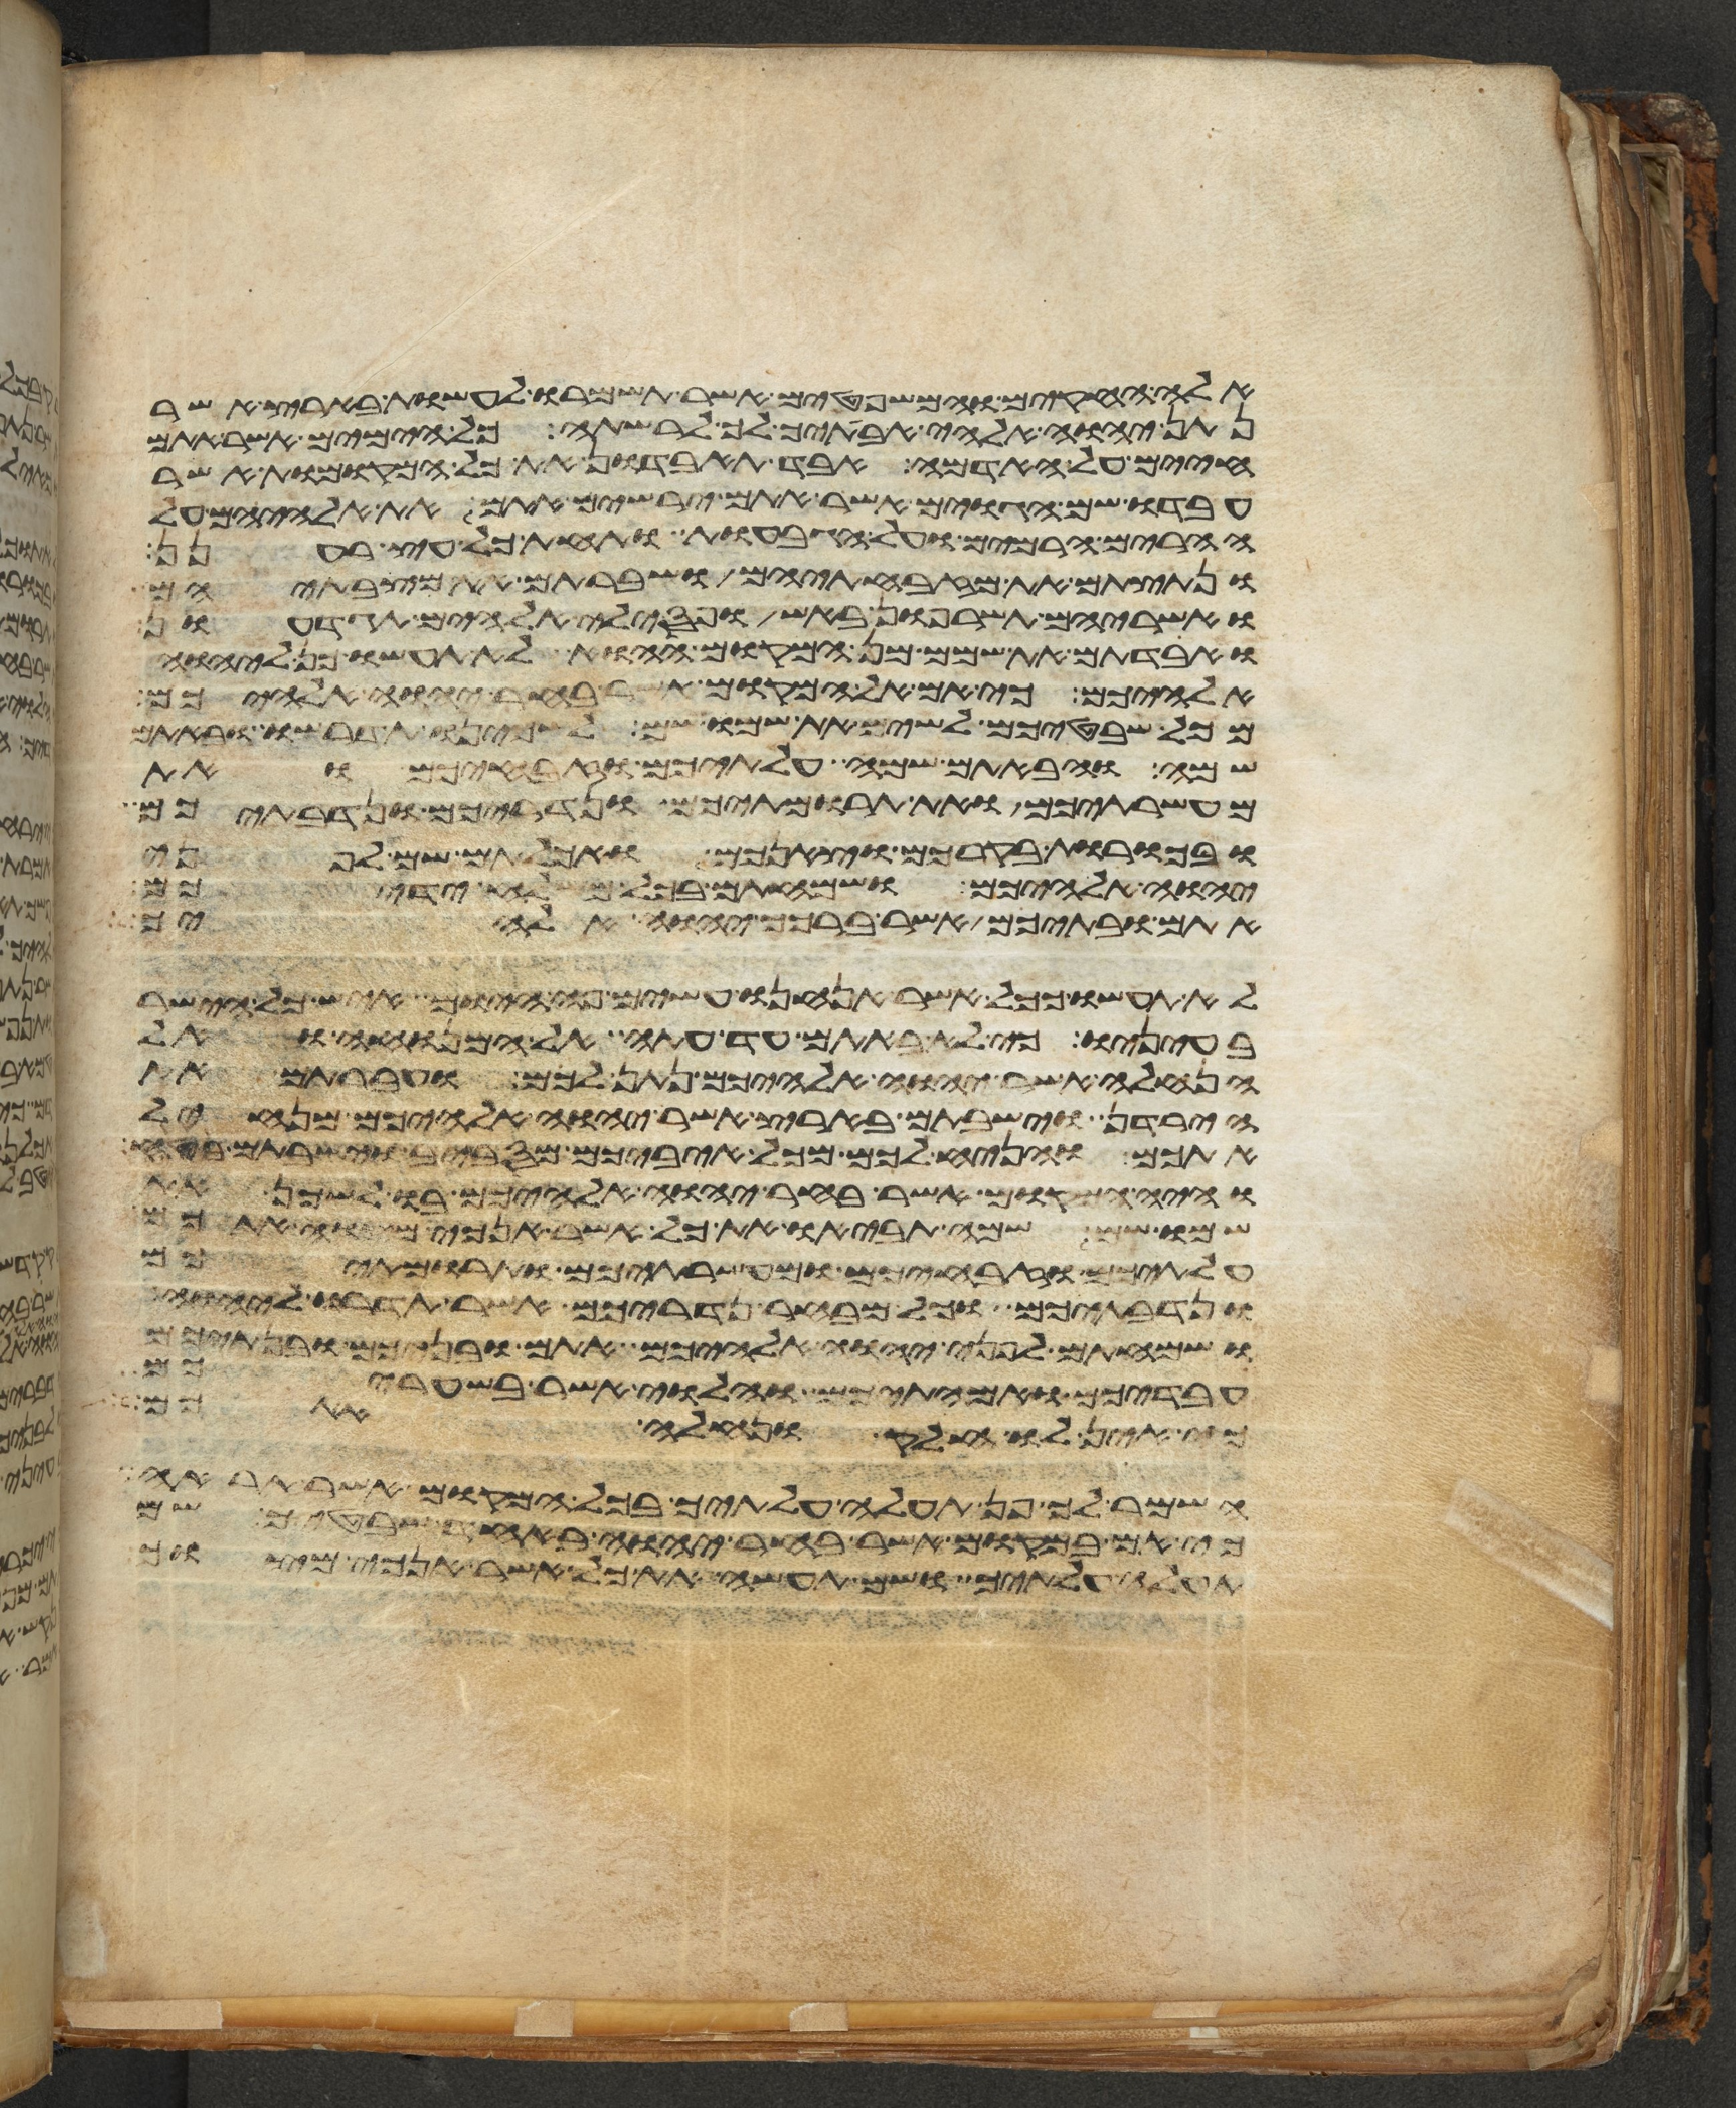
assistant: אלה החקים והמשפטים אשר תשמרו לעשות בארץ אשר
נתן יהוה אלהי אבתיך לך לרשתה כל הימים אשר אתם
חיים על האדמה אבד תאבדון את כל המקומות אשר
עבדו שם הגוים אשר אתם ירשים אתם את אלהיהם על
ההרים הרמים ועל הגבעות ותחת כל עץ רענן
ונתצתם את מזבחתיהם ושברתם את מצבתיהם
ואשריהם תשרפון באש ופסילי אלהיהם תגדעון
ואבדתם את שמם מן המקום ההוא לא תעשו כן ליהוה
אלהיכם כי אם אל המקום אשר בחר יהוה אלהיכם
מכל שבטיכם לשים את שמו שם לשכינו תדרשו ובאתם
שם והבאתם שמה עלתיכם וזבחיכם ואת
מעשרתיכם ואת תרומתיכם ונדריכם ונדבתיכם
ובכורת בקרכם וצאנכם ואכלתם שם לפני
יהוה אלהיכם ושמחתם בכל משלח ידיכם
אתם ובתיכם אשר ברכך יהוה אלהיך
לא תעשו ככל אשר אנחנו עשים פה היום איש כל הישר
בעיניו כי לא באתם עד עתה אל המנוחה ואל
הנחלה אשר יהוה אלהיכם נתן לכם ועברתם את
הירדן וישבתם בארץ אשר יהוה אלהיכם מנחיל
אתכם והניח לכם מכל איביכם מסביב וישבתם בטח
והיה המקום אשר בחר יהוה אלהיכם בו לשכן את
שמו שם שמה תביאו את כל אשר אנכי מצוה אתכם
עלתיכם וזבחיכם ומעשרתיכם ותרומתיכם
ונדבתיכם וכל מבחר נדריכם אשר תדרו ליהוה
ושמחתם לפני יהוה אלהיכם אתם ובניכם ובנתיכם
עבדיכם ואמתיכם והלוי אשר בשעריכם
כי אין לו חלק ונחלה אתכם
השמר לך פן תעלה עלתיך בכל המקום אשר תראה
כי אם במקום אשר בחר יהוה באחד שבטיך שם
תעלה עלתיך ושם תעשה את כל אשר אנכי מצוך